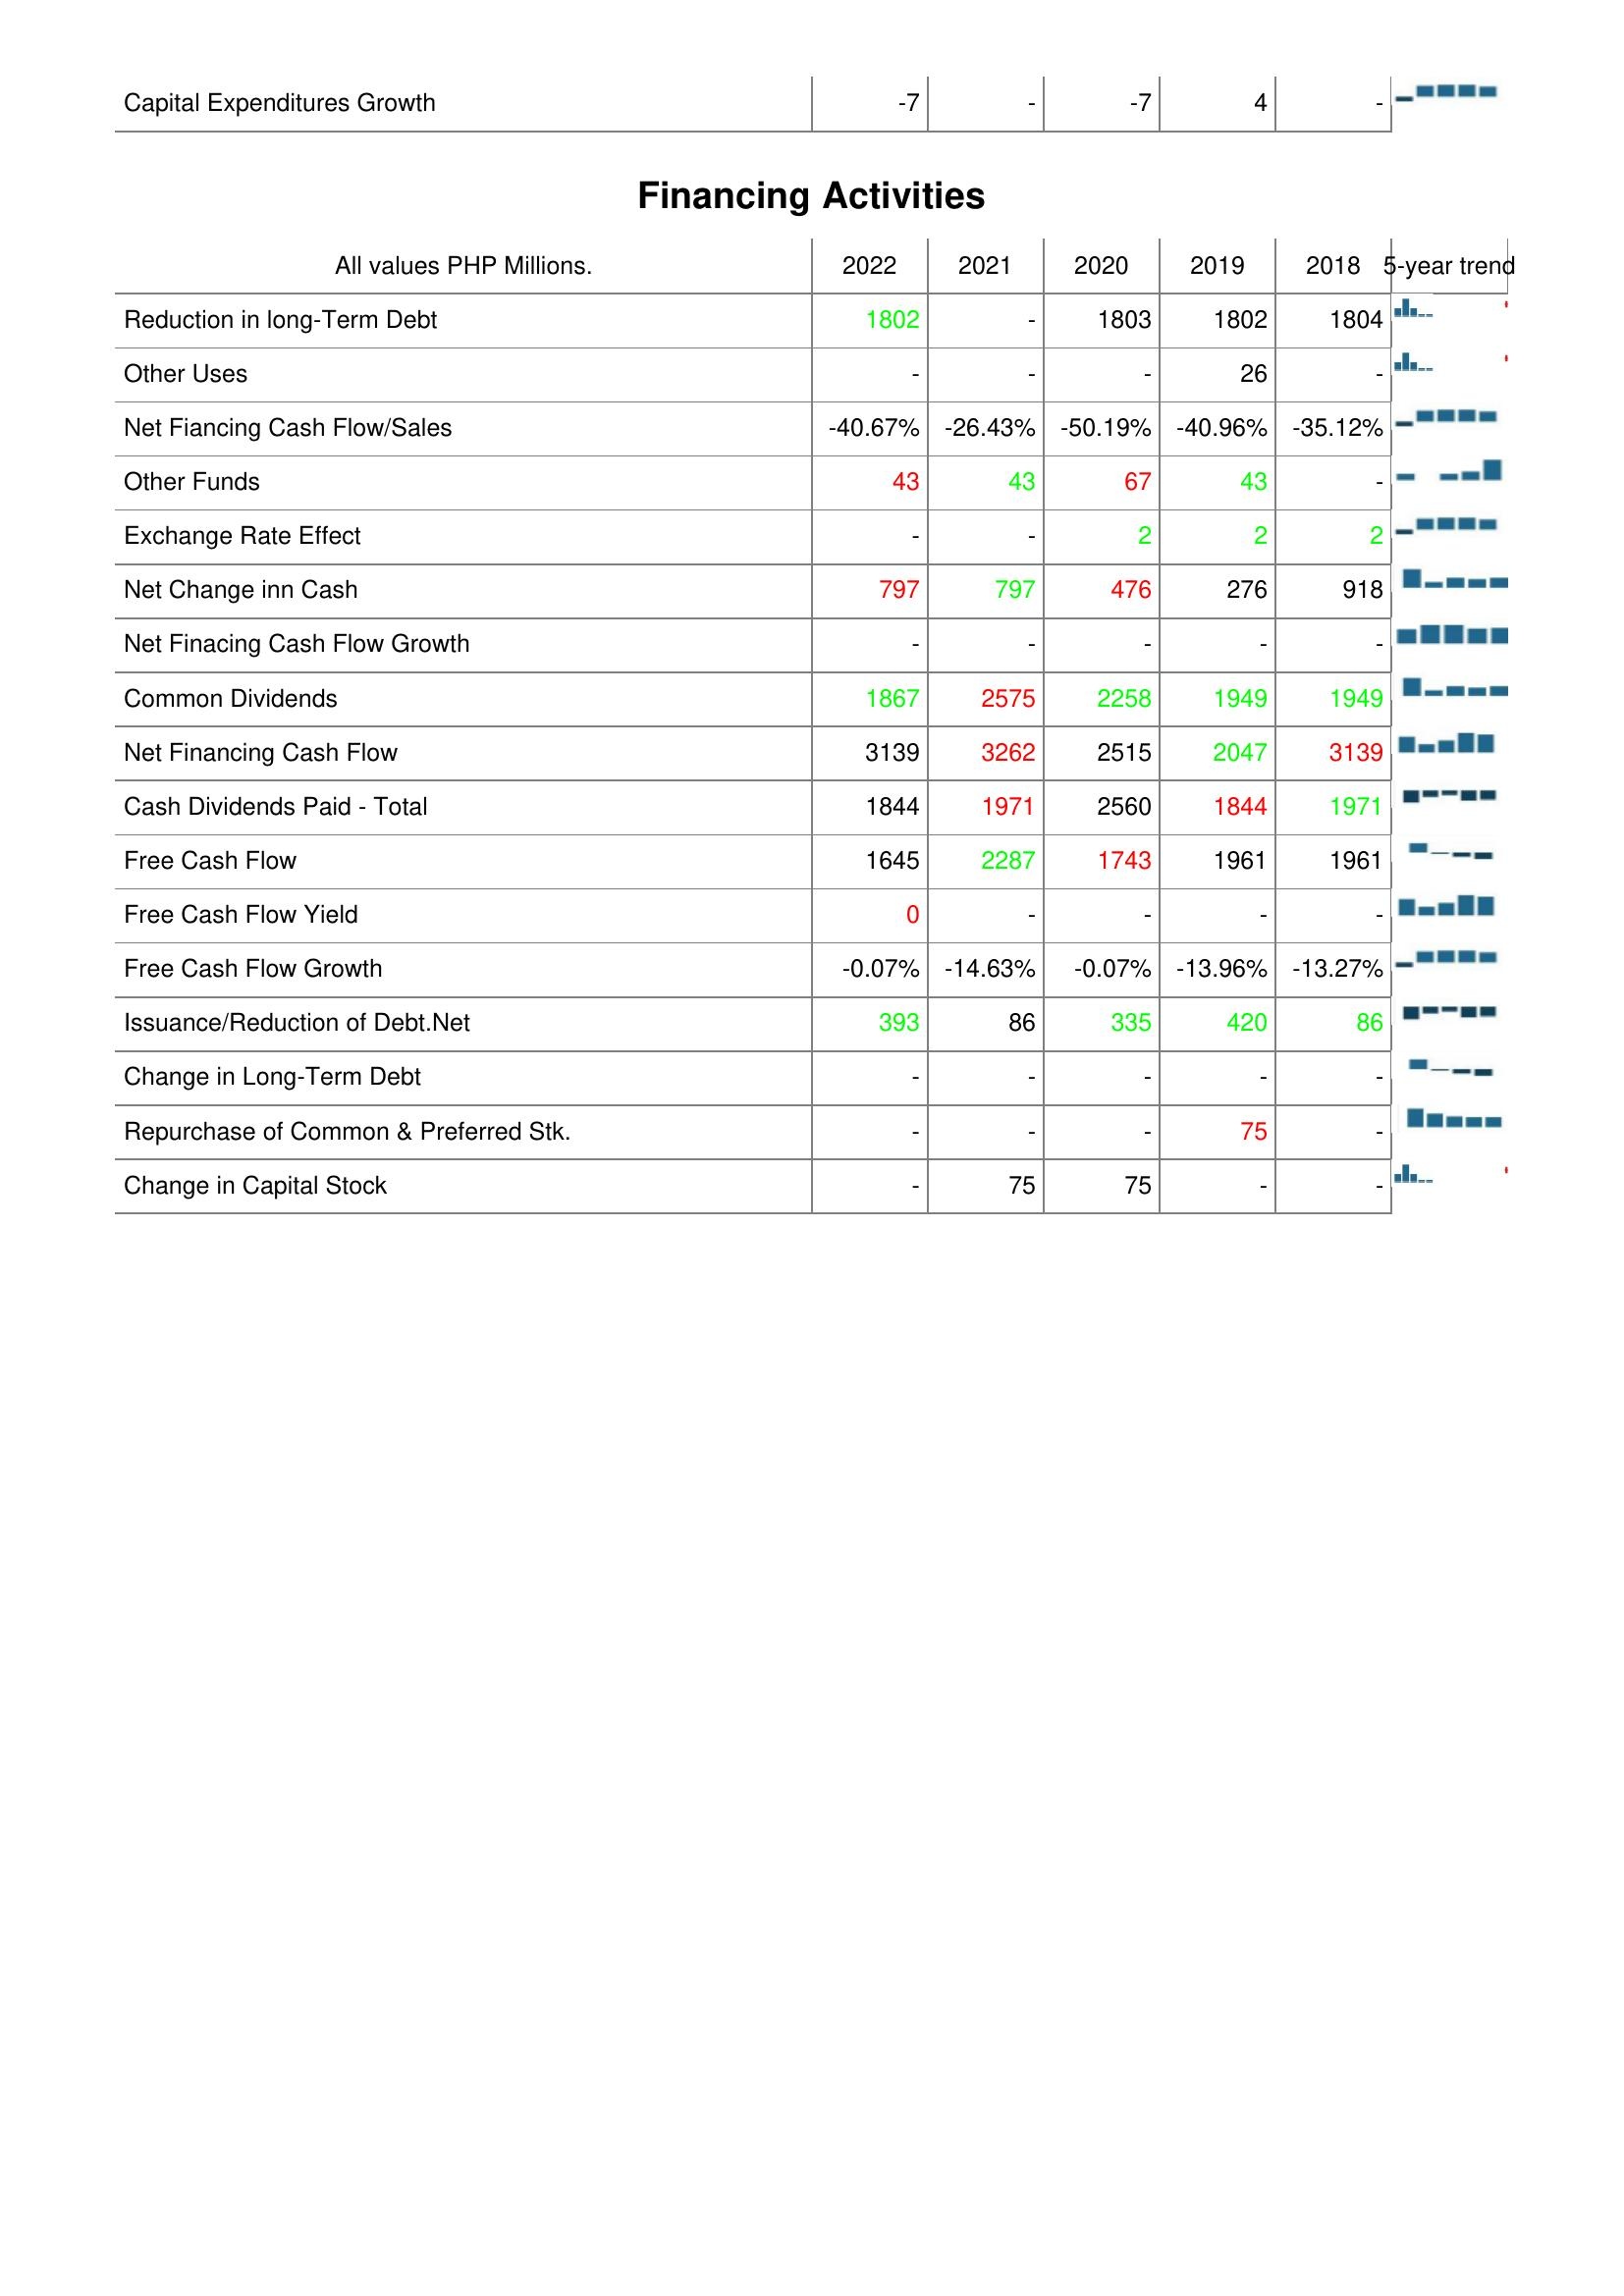
2022: Investing Activities: Capital Expenditures Growth: -7
Financing Activities: Reduction in long-Term Debt: 1802
Other Uses: -
Net Fiancing Cash Flow/Sales: -40.67%
Other Funds: 43
Exchange Rate Effect: -
Net Change inn Cash: 797
Net Finacing Cash Flow Growth: -
Common Dividends: 1867
Net Financing Cash Flow: 3139
Cash Dividends Paid - Total: 1844
Free Cash Flow: 1645
Free Cash Flow Yield: 0
Free Cash Flow Growth: -0.07%
Issuance/Reduction of Debt.Net: 393
Change in Long-Term Debt: -
Repurchase of Common & Preferred Stk.: -
Change in Capital Stock: -
2021: Investing Activities: Capital Expenditures Growth: -
Financing Activities: Reduction in long-Term Debt: -
Other Uses: -
Net Fiancing Cash Flow/Sales: -26.43%
Other Funds: 43
Exchange Rate Effect: -
Net Change inn Cash: 797
Net Finacing Cash Flow Growth: -
Common Dividends: 2575
Net Financing Cash Flow: 3262
Cash Dividends Paid - Total: 1971
Free Cash Flow: 2287
Free Cash Flow Yield: -
Free Cash Flow Growth: -14.63%
Issuance/Reduction of Debt.Net: 86
Change in Long-Term Debt: -
Repurchase of Common & Preferred Stk.: -
Change in Capital Stock: 75
2020: Investing Activities: Capital Expenditures Growth: -7
Financing Activities: Reduction in long-Term Debt: 1803
Other Uses: -
Net Fiancing Cash Flow/Sales: -50.19%
Other Funds: 67
Exchange Rate Effect: 2
Net Change inn Cash: 476
Net Finacing Cash Flow Growth: -
Common Dividends: 2258
Net Financing Cash Flow: 2515
Cash Dividends Paid - Total: 2560
Free Cash Flow: 1743
Free Cash Flow Yield: -
Free Cash Flow Growth: -0.07%
Issuance/Reduction of Debt.Net: 335
Change in Long-Term Debt: -
Repurchase of Common & Preferred Stk.: -
Change in Capital Stock: 75
2019: Investing Activities: Capital Expenditures Growth: 4
Financing Activities: Reduction in long-Term Debt: 1802
Other Uses: 26
Net Fiancing Cash Flow/Sales: -40.96%
Other Funds: 43
Exchange Rate Effect: 2
Net Change inn Cash: 276
Net Finacing Cash Flow Growth: -
Common Dividends: 1949
Net Financing Cash Flow: 2047
Cash Dividends Paid - Total: 1844
Free Cash Flow: 1961
Free Cash Flow Yield: -
Free Cash Flow Growth: -13.96%
Issuance/Reduction of Debt.Net: 420
Change in Long-Term Debt: -
Repurchase of Common & Preferred Stk.: 75
Change in Capital Stock: -
2018: Investing Activities: Capital Expenditures Growth: -
Financing Activities: Reduction in long-Term Debt: 1804
Other Uses: -
Net Fiancing Cash Flow/Sales: -35.12%
Other Funds: -
Exchange Rate Effect: 2
Net Change inn Cash: 918
Net Finacing Cash Flow Growth: -
Common Dividends: 1949
Net Financing Cash Flow: 3139
Cash Dividends Paid - Total: 1971
Free Cash Flow: 1961
Free Cash Flow Yield: -
Free Cash Flow Growth: -13.27%
Issuance/Reduction of Debt.Net: 86
Change in Long-Term Debt: -
Repurchase of Common & Preferred Stk.: -
Change in Capital Stock: -